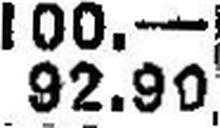
92.90